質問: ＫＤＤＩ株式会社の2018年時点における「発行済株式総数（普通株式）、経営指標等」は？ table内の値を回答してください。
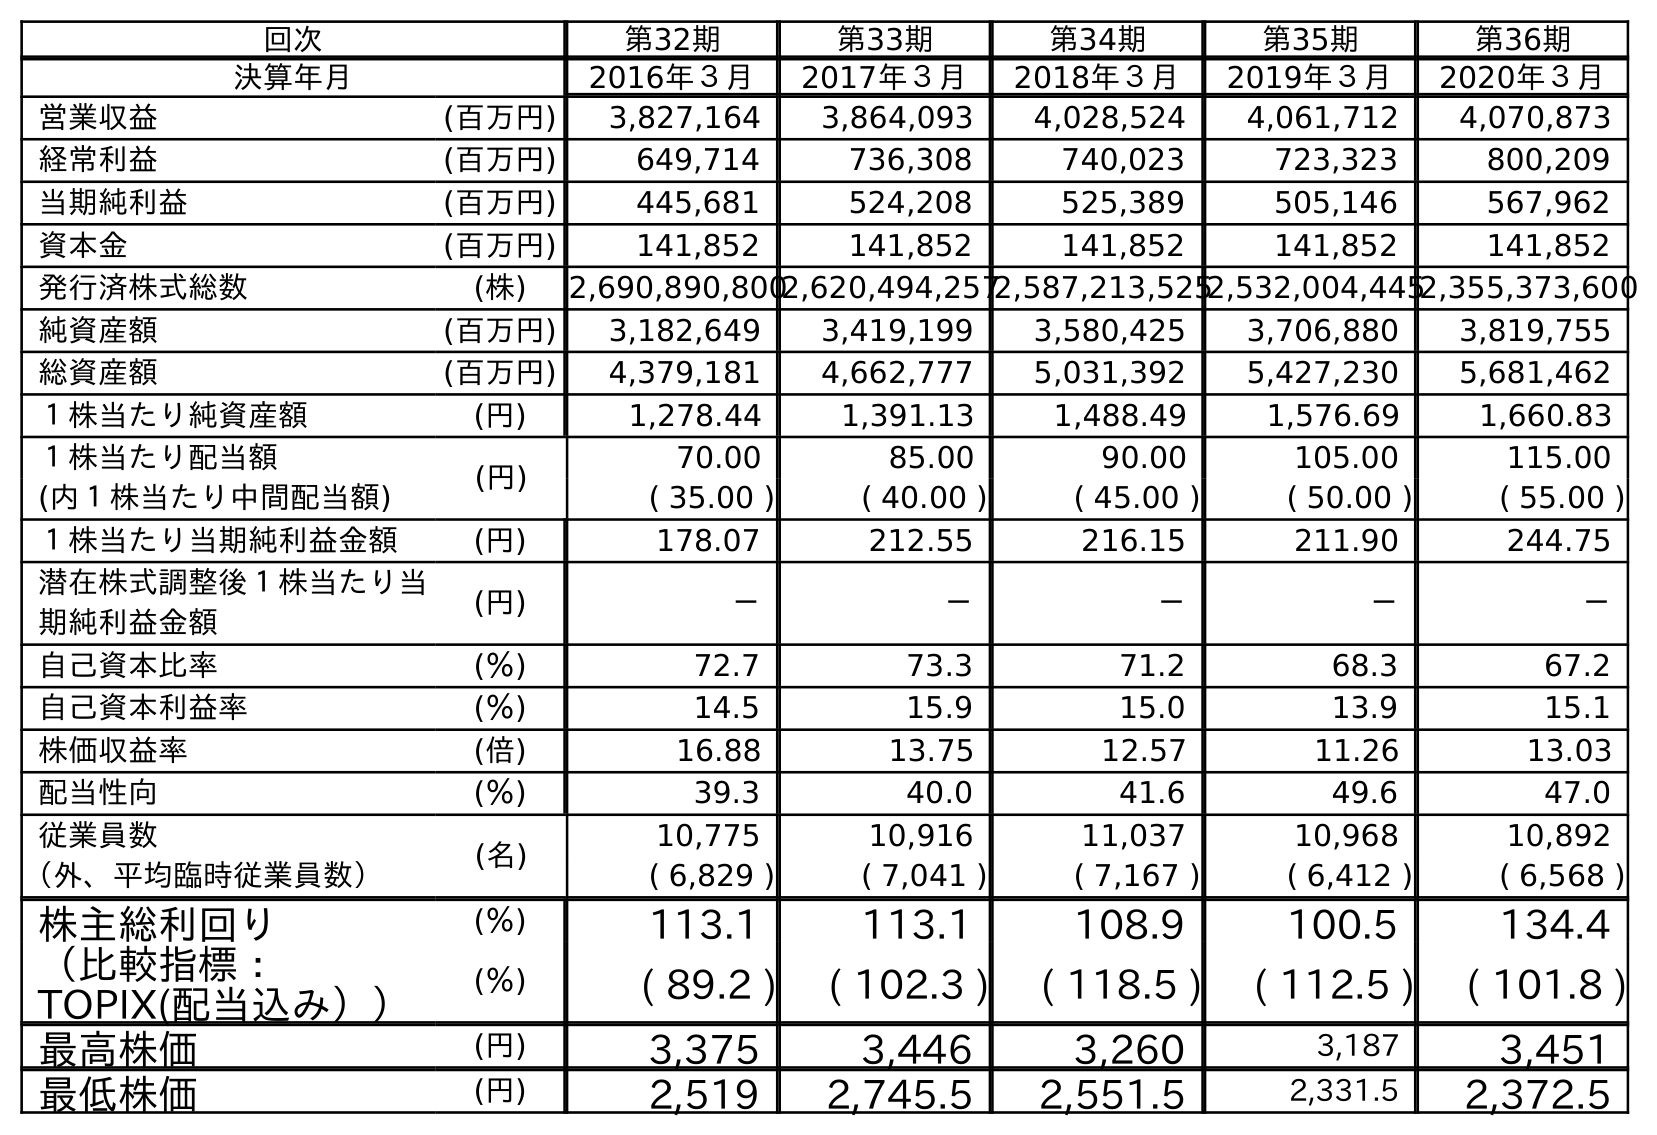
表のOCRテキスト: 回次 第32期 第33期 第34期 第35期 第36期 決算年月 2016年３月 2017年３月 2018年３月 2019年３月 2020年３月 営業収益 (百万円) 3,827,164 3,864,093 4,028,524 4,061,712 4,070,873 経常利益 (百万円) 649,714 736,308 740,023 723,323 800,209 当期純利益 (百万円) 445,681 524,208 525,389 505,146 567,962 資本金 (百万円) 141,852 141,852 141,852 141,852 141,852 発行済株式総数 (株) 2,690,890,8002,620,494,2572,587,213,5252,532,004,4452,355,373,600 純資産額 (百万円) 3,182,649 3,419,199 3,580,425 3,706,880 3,819,755 総資産額 (百万円) 4,379,181 4,662,777 5,031,392 5,427,230 5,681,462 １株当たり純資産額 (円) 1,278.44 1,391.13 1,488.49 1,576.69 1,660.83 １株当たり配当額 (円) 70.00 85.00 90.00 105.00 115.00 (内１株当たり中間配当額) ( 35.00 ) ( 40.00 ) ( 45.00 ) ( 50.00 ) ( 55.00 ) １株当たり当期純利益金額 (円) 178.07 212.55 216.15 211.90 244.75 潜在株式調整後１株当たり当 期純利益金額 (円) － － － － － 自己資本比率 (％) 72.7 73.3 71.2 68.3 67.2 自己資本利益率 (％) 14.5 15.9 15.0 13.9 15.1 株価収益率 (倍) 16.88 13.75 12.57 11.26 13.03 配当性向 (％) 39.3 40.0 41.6 49.6 47.0 従業員数 (名) 10,775 10,916 11,037 10,968 10,892 （外、平均臨時従業員数） ( 6,829 ) ( 7,041 ) ( 7,167 ) ( 6,412 ) ( 6,568 ) 株主総利回り (％) 113.1 113.1 108.9 100.5 134.4 （比較指標： TOPIX(配当込み）） (％) ( 89.2 ) ( 102.3 ) ( 118.5 ) ( 112.5 ) ( 101.8 ) 最高株価 (円) 3,375 3,446 3,260 3,187 3,451 最低株価 (円) 2,519 2,745.5 2,551.5 2,331.5 2,372.5
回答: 2,587,213,525